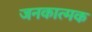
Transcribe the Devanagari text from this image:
जनकात्मक